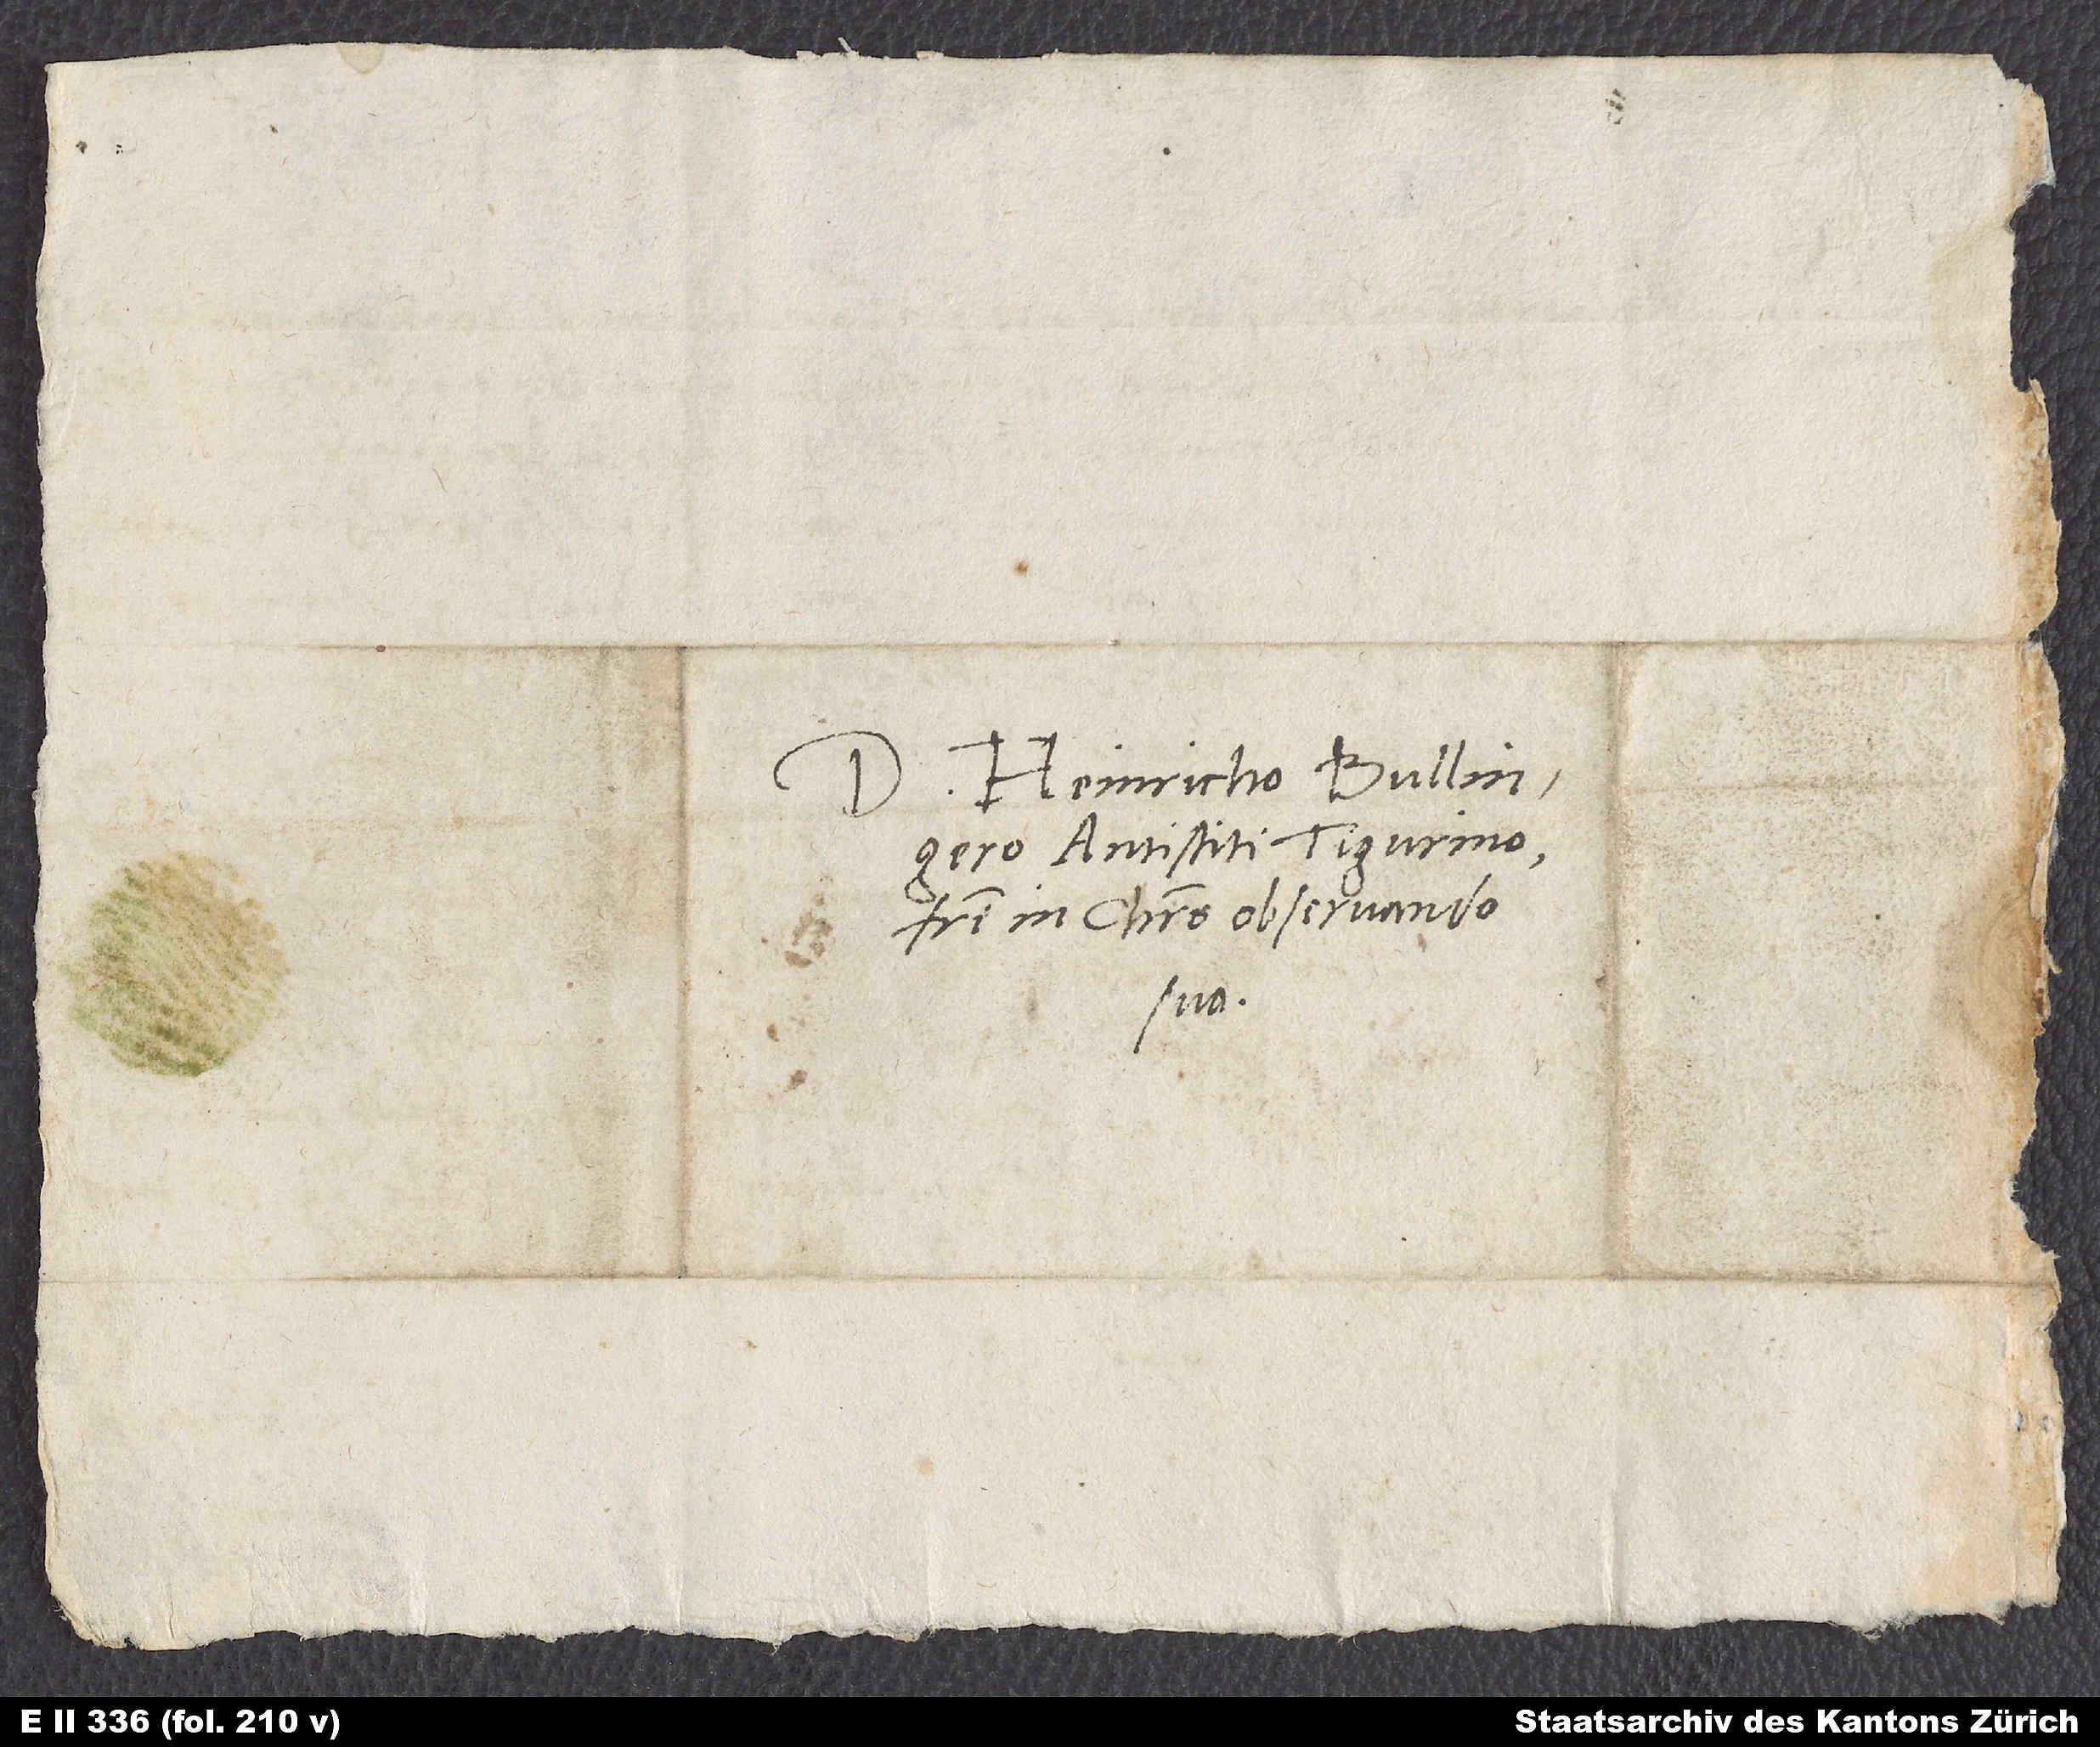
Domino Heinricho Bullingero,
antistiti Tigurino,
fratri in Christo observando
suo.